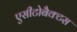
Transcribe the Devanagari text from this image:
एसीटोबैक्टस